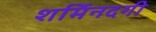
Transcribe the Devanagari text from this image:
शर्मिनदगी